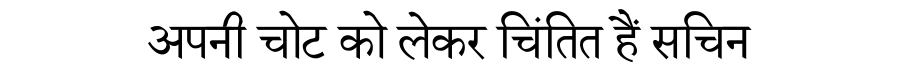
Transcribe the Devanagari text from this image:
अपनी चोट को लेकर चिंतित हैं सचिन